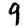
Digit: 9